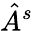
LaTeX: \hat{A}^{s}